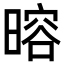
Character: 𬁎